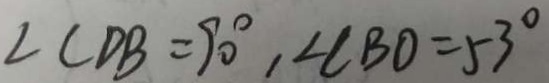
\angle C D B = 9 0 ^ { \circ } , \angle C B D = 5 3 ^ { \circ }